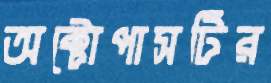
অক্টোপাসটির